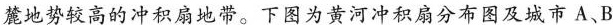
麓地势较高的冲积扇地带。下图为黄河冲积扇分布图及城市A、B